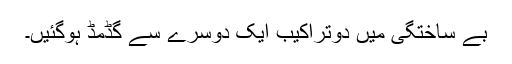
بے ساختگی میں دوتراکیب ایک دوسرے سے گڈمڈ ہوگئیں۔